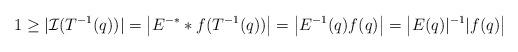
LaTeX: \begin{align*}1\ge |\mathcal{I}(T^{-1}(q))|=\left| E^{-*}*f(T^{-1}(q))\right|=\left|E^{-1}(q)f(q)\right|=\left|E(q)|^{-1}|f(q)\right|\end{align*}